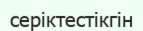
серіктестікгін